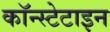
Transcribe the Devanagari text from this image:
कॉन्स्टेटाइन